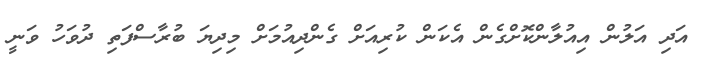
އަދި އަލުން އިއުލާންކޮށްގެން އެކަން ކުރިއަށް ގެންދިއުމަށް މިދިޔަ ބުރާސްފަތި ދުވަހު ވަނީ